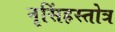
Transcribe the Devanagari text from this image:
नृसिंहस्तोत्र